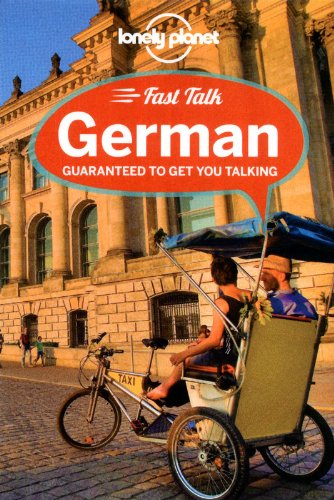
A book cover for Lonely Planet Fast Talk German (Phrasebook); Lonely Planet; Travel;